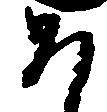
そ